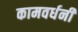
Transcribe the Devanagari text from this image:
कामवर्धनी